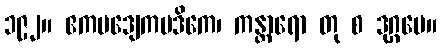
၁၉၂။ ဧကပဒျေကပဒိကေ၊ ကန္တာရော တု စ ဒုဂ္ဂမေ။